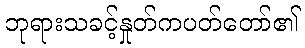
ဘုရားသခင့်နှုတ်ကပတ်တော်၏